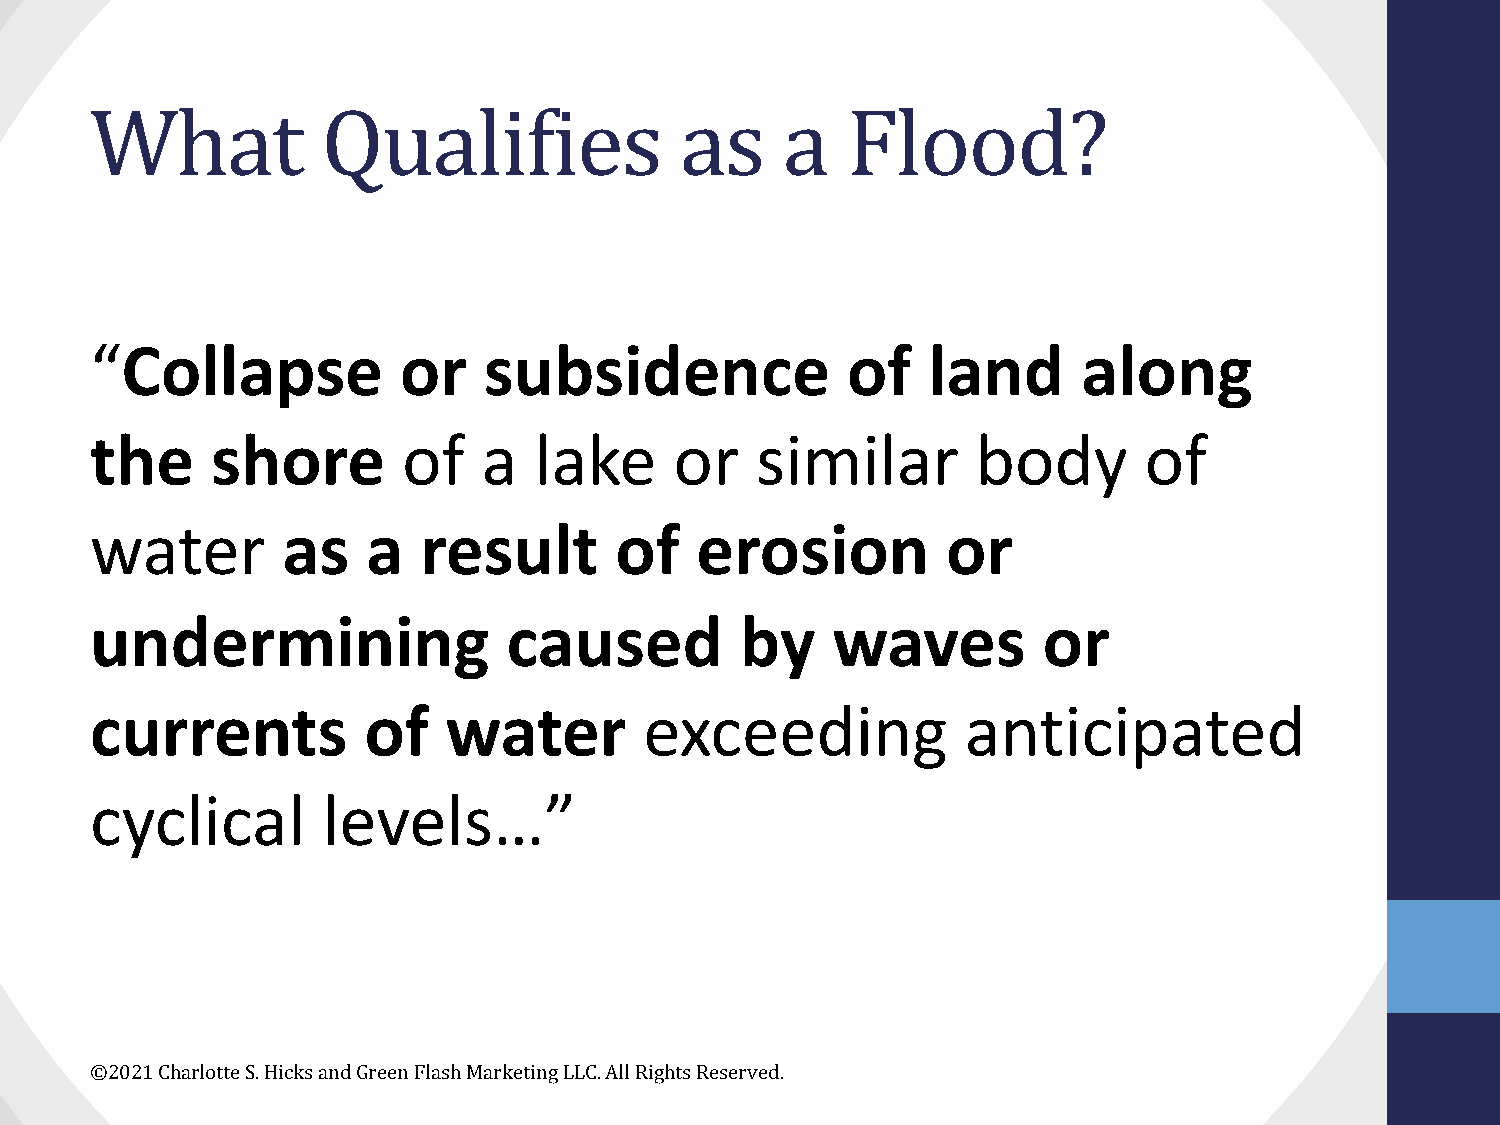
What           Qualifies               as     a   Flood?
 “Collapse           or    subsidence              of   land       along
 the     shore        of   a  lake      or   similar        body       of
 water        as   a   result       of   erosion          or
 undermining                 caused         by    waves         or
 currents          of   water         exceeding            anticipated
 cyclical       levels…”
 ©2021 Charlotte S. Hicks and Green Flash Marketing LLC. All Rights Reserved.